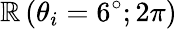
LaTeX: \mathbb{R}\left(\theta_{i}=6^{\circ};2\pi\right)